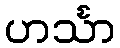
ဟင်္သာ